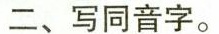
二、写同音字。